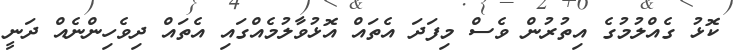
ކޮޅު ގެއްލުމުގެ އިތުރުން ވެސް މިފަދަ އެތައް އޮޅުވާލުމެއްގައި އެތައް ދިވެހިންނެއް ދަނީ